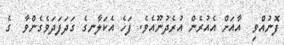
ފޮނުއްވި  އާއަށް އެއުރެން އުރެދުނޫއެވެ. ފަހެ އެކަލާނގެ ގަދަފަދަވެގެންވާ  ގެ